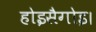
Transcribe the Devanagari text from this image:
होइसैगोइ।